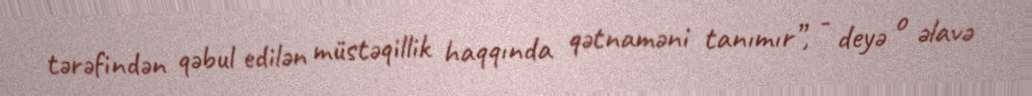
tərəfindən qəbul edilən müstəqillik haqqında qətnaməni tanımır”, - deyə o əlavə